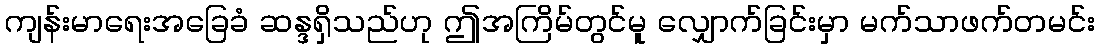
ကျန်းမာရေးအခြေခံ ဆန္ဒရှိသည်ဟု ဤအကြိမ်တွင်မူ လျှောက်ခြင်းမှာ မက်သာဖက်တမင်း